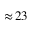
\approx \! 2 3